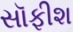
સૉફીશ